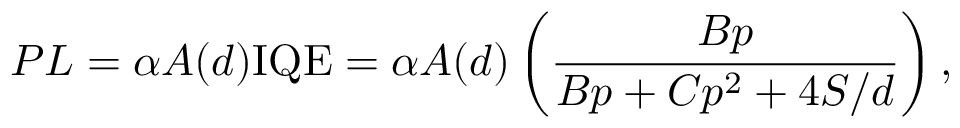
P L = \alpha A ( d ) \mathrm { { I Q E } } = \alpha A ( d ) \left( \frac { B p } { B p + C p ^ { 2 } + 4 S / d } \right) ,